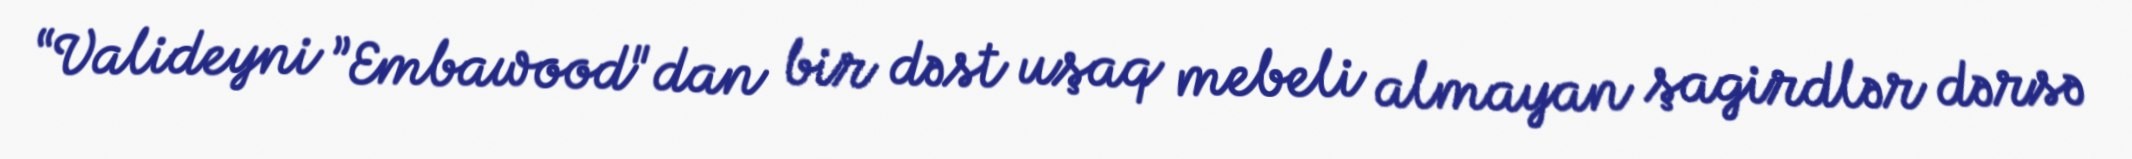
“Valideyni ”Embawood"dan bir dəst uşaq mebeli almayan şagirdlər dərsə